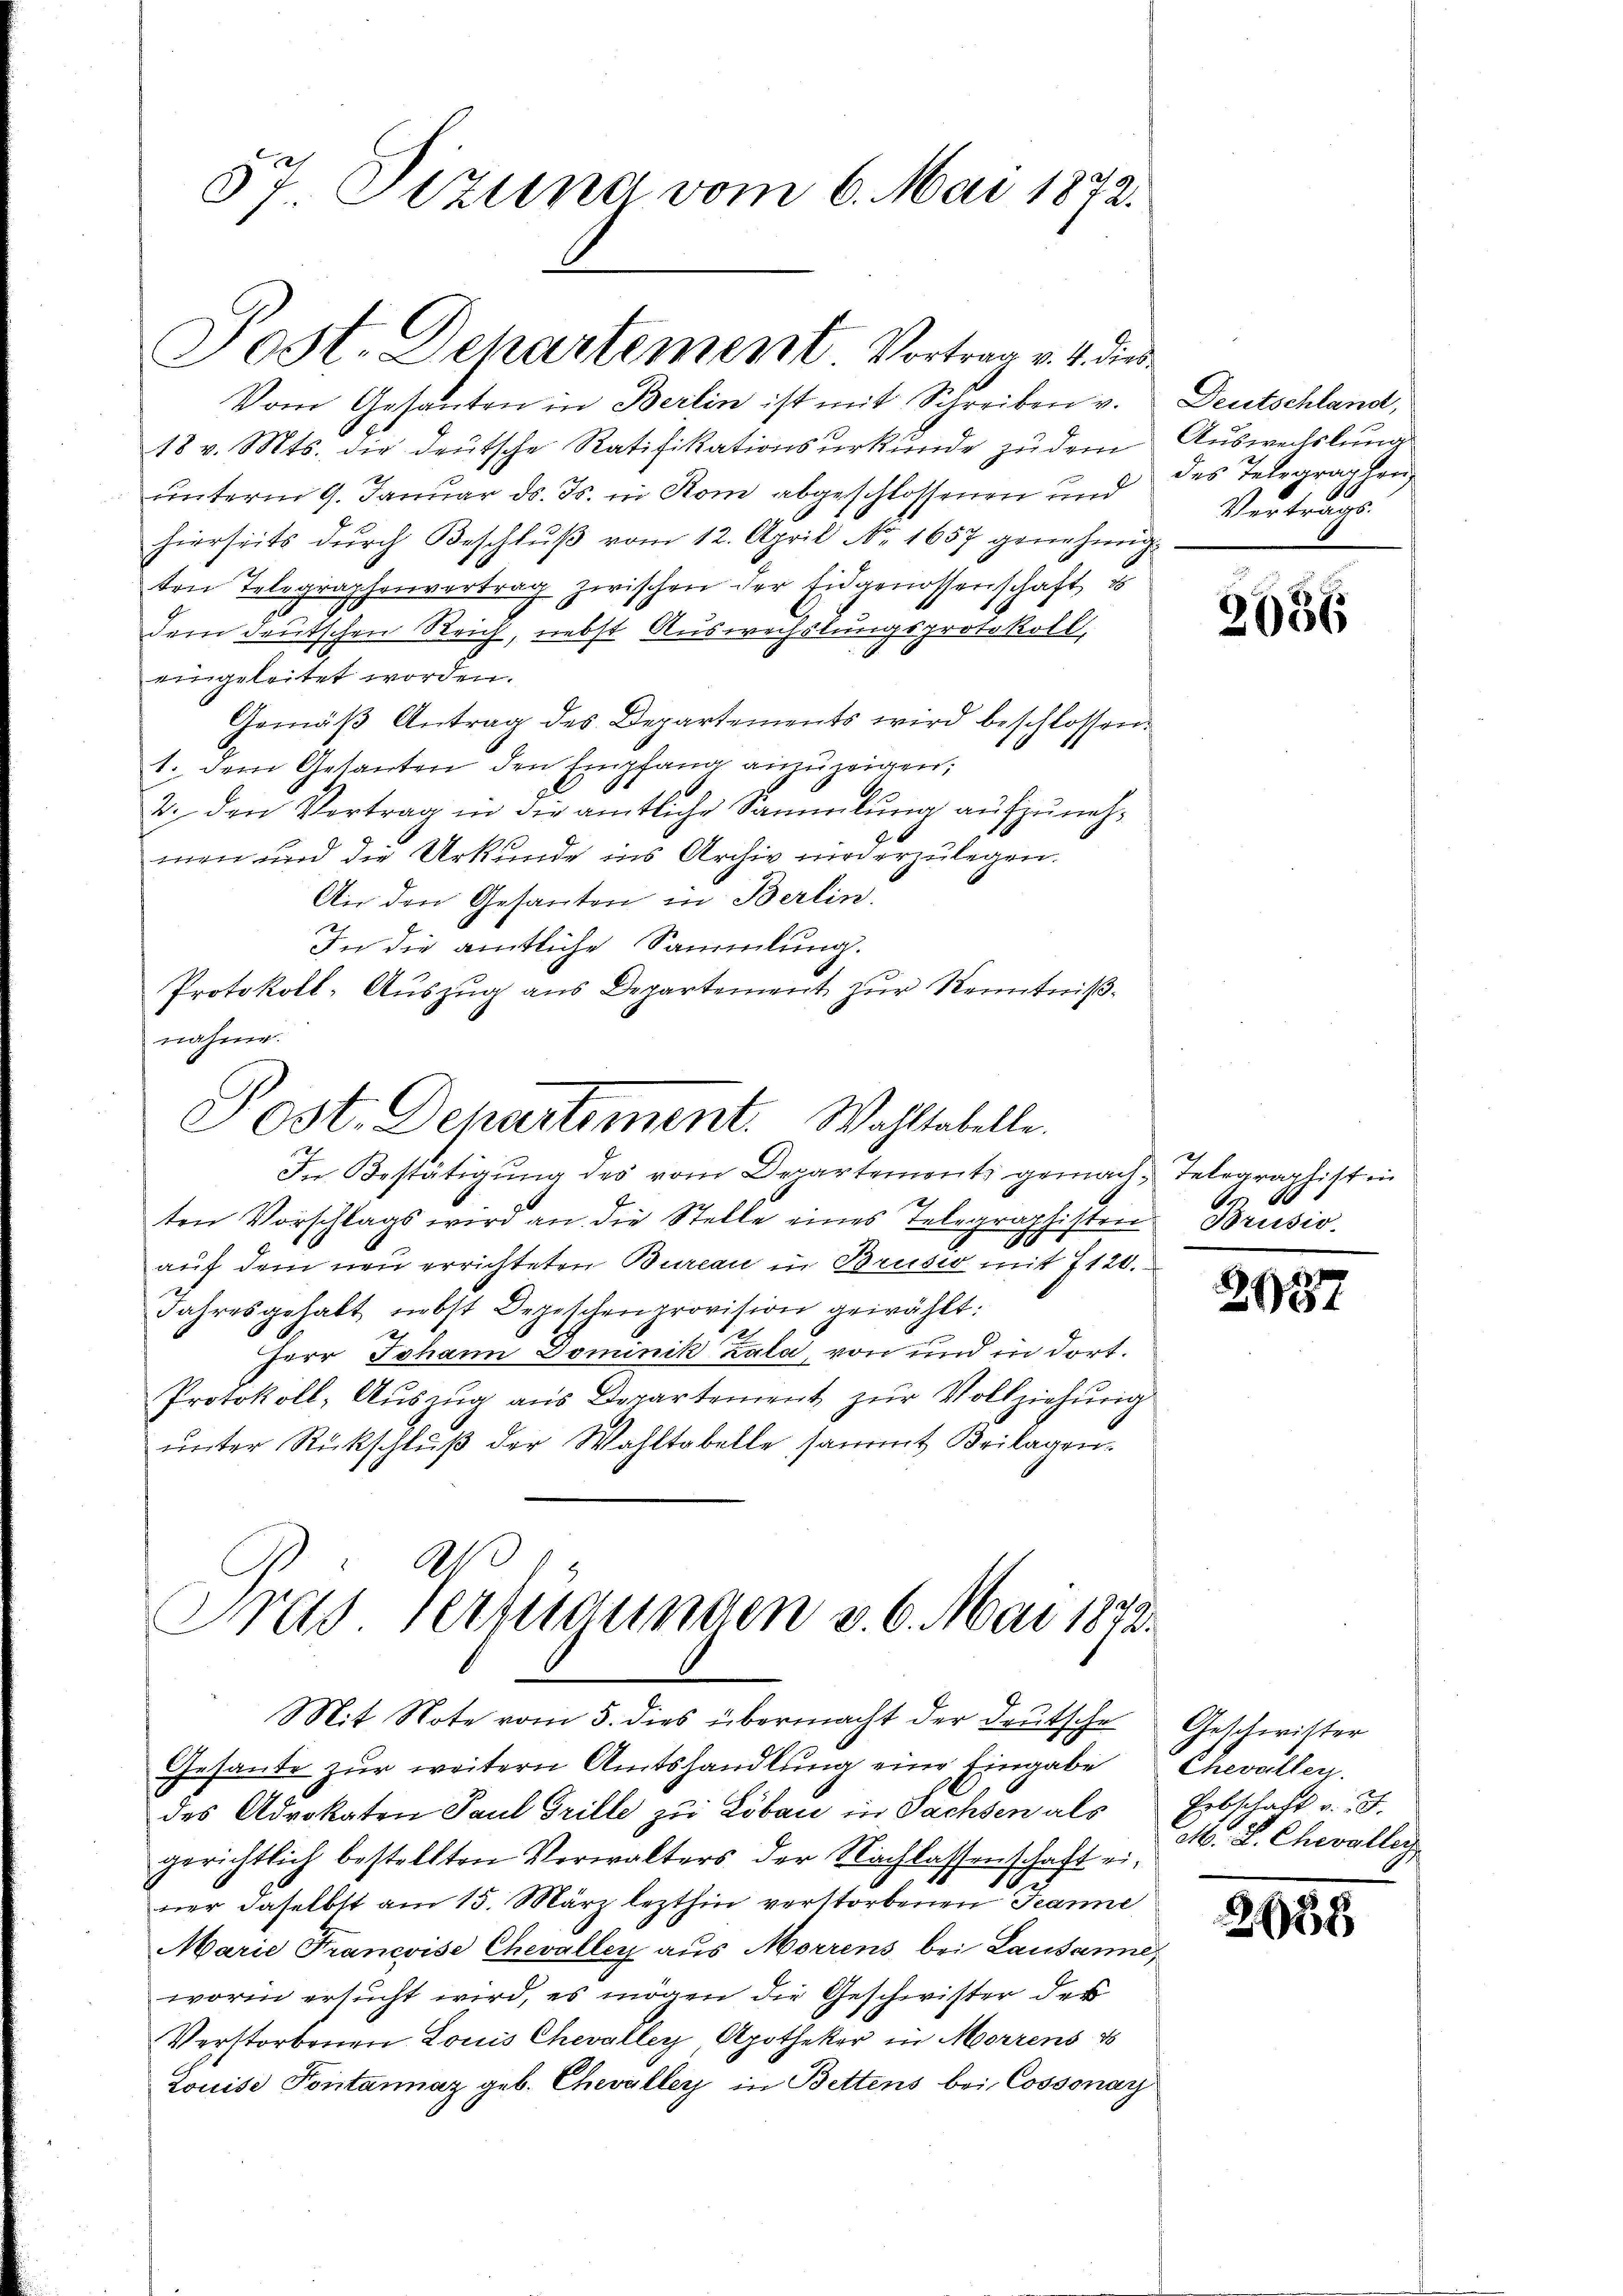
57 Dezung vom 6. Mai 1872.

Jost. Dchartement Vortrag v. 4. dies

Vom Gesanten in Berlin ist mit Schreiben v.
18 v. Mts. die deutsche Ratifikationsurkunde zu dem
unterm 9. Januar d. Js. in Rom abgeschlossenen und
hierseits dŭrch Beschlŭβ vom 12. April N. 1657 genehmig
ten Telegraphenvertrag zwischen der Eidgenossenschaft u
dem deutschen Reich, nebst Auswechslungsprotokoll,
eingeleitet worden.
Gemäβ Antrag des Departements wird beschlossen.
1. dem Gesanten den Empfang anzuzeigen;
2. den Vertrag in die amtliche Sammlung aufzunehmen und die Urkunde ins Archiv niederzulegen.
An den Gesanten in Berlin.
In die amtliche Sammlung.
Protokoll-Auszug aus Departement zur Kenntnißnahme.
In Bestätigŭng des vom Departements gemach Telegraphist in
h
ten Vorschlags wird an die Stelle eines Telegraphisten Brusio
I
auf dem neu errichteten Bureau in Brusio mit 7120.
Jahresgehalt nebst Depeschenprovision gewählt:
Herr Johann Dominik Zala, von und in dort.
Protokoll, Auszug aus Departement zur Vollziehung
ŭnter Rückschlŭβ der Wahltabelle sammt Beilagen.
Fras Vertraumen v. 6. Mai 1872.
Mit Note vom 5. dies übermacht der Deutsche
Gesante zur weitern Amtshandlung eine Eingabe
des Advokaten Paul Grille zu Löbau in Sachsen als
gerichtlich bestellten Verwalters der Nachlassenschaft ei-
ner daselbst am 15. März lezthin verstorbenen Jeanne
Marie Francoise Chevaller aus Morrens bei Lausanne,
worin ersucht wird, es mögen die Geschwister der
Verstorbenen Louis Chevalley Apothekar in Morrens d
Louise Pontannaz geb. Chevaller in Bettens bei Cossonay

Jost. Departement. Wahltabelle.

Deutschland,
Auswechslung
des Telegraphen
Vertrags.

2686

A

2087

Geschwister
Chevaller.
Erbklact v.
M. D. Chevaller

2638